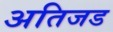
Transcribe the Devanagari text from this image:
अतिजड